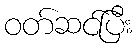
ဝတ်ဆင်ပြီး